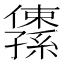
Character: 𫤅